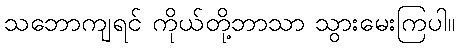
သဘောကျရင် ကိုယ်တို့ဘာသာ သွားမေးကြပါ။